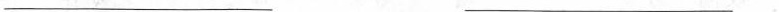
___ ___